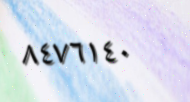
٨٤٧٦١٤٠